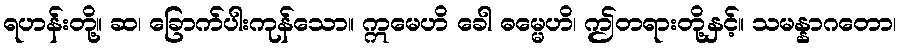
ရဟန်းတို့။ ဆ၊ ခြောက်ပါးကုန်သော။ ဣမေဟိ ခေါ ဓမ္မေဟိ၊ ဤတရားတို့နှင့်။ သမန္နာဂတော၊